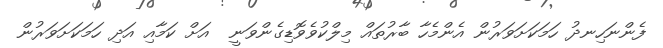
ފެންނަހިނދު ހަމަކަށަވަރުން އެންމެހާ ބާރުތައް މިލްކުވެވޮޑިގެންވަނީ  އަށް ކަމާއި އަދި ހަމަކަށަވަރުން